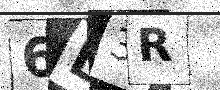
Text: 6D3R